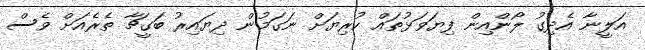
އަލީނާ އެދިގު ލޯންއިން ފިޔަވަޅުތައް ކުރިޔަށް ނަގަމުން ދިޔައިރު ބަގީޗާ ތެރެއަށް ވެސް